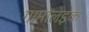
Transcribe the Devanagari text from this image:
गामोलेइक